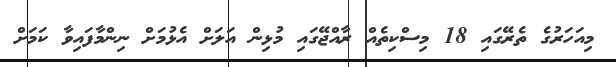
މިއަހަރުގެ ތެރޭގައި 18 މިސްކިތެއް ރާއްޖޭގައި މުޅިން އަލަށް އެޅުމަށް ނިންމާފައިވާ ކަމަށް